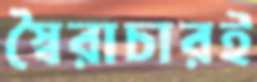
স্বৈরাচারই